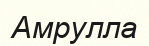
Амрулла